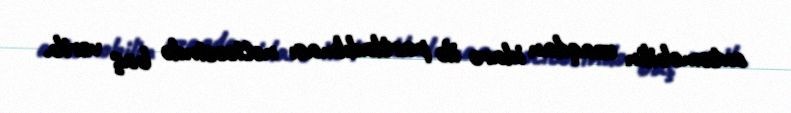
avtomobilin uzaqdan idarə ilə partladılması nəticəsində baş verib.